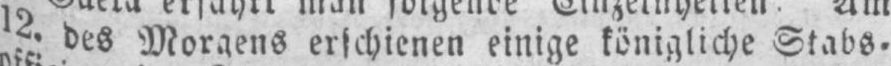
12. des Morgens erschienen einige königliche Stabs⸗